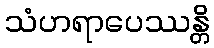
သံဟရာပေဿန္တိ